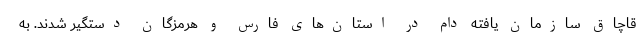
قاچاق سازمان یافته دام در استان‌های فارس و هرمزگان دستگیر شدند. به